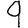
Digit: 9